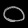
Digit: ၀